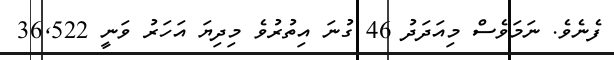
ފެނެވެ. ނަމަވެސް މިއަދަދު 46 ގުނަ އިތުރުވެ މިދިޔަ އަހަރު ވަނީ 36